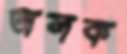
অলক